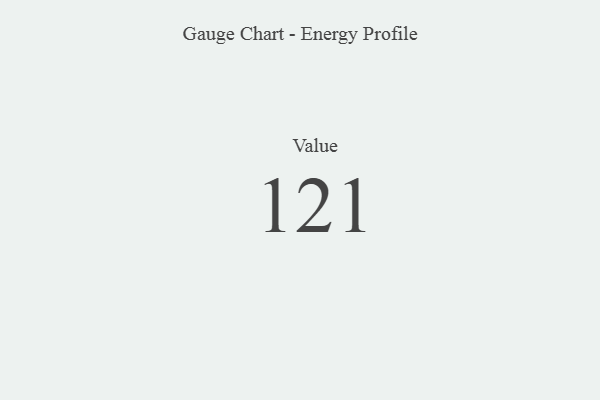
{"axis": {"x": "Metric", "y": "Value"}, "legend": [""], "data": [{"x": "Value", "y": 121, "type": ""}]}